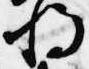
将